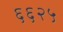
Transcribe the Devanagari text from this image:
६६२५